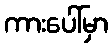
ကားပေါ်မှာ